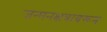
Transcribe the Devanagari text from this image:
जन्मनक्षत्रावरून